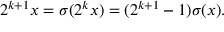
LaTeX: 2 ^ { k + 1 } x = \sigma ( 2 ^ { k } x ) = ( 2 ^ { k + 1 } - 1 ) \sigma ( x ) .